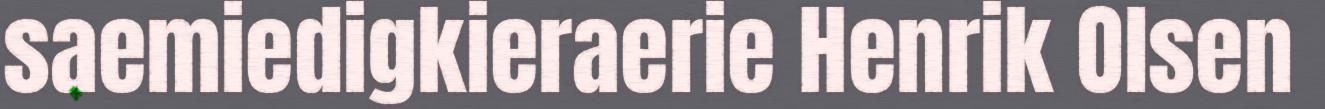
saemiedigkieraerie Henrik Olsen